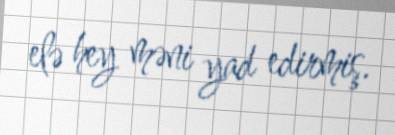
elə hey məni yad edirmiş.